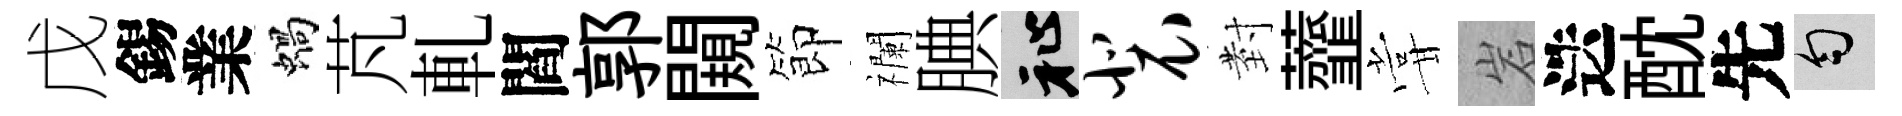
戊錫業蝸芃軋閻郭闚節襴腆祉裴𭔹虀甞岩迭酖先匀